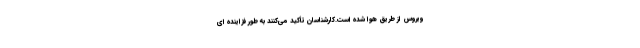
ویروس از طریق هوا شده است.کارشناسان تأکید می‌کنند به طور فزاینده ای